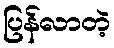
ပြန်လာတဲ့